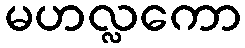
မဟလ္လကော